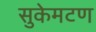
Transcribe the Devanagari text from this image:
सुकेमटण